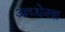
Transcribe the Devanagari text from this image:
आध्धेक्श